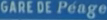
GARDE DE PEAGE